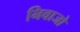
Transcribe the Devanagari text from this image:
निवाजो